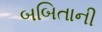
બબિતાની